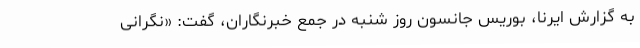
به گزارش ایرنا، بوریس جانسون روز شنبه در جمع خبرنگاران، گفت: «نگرانی